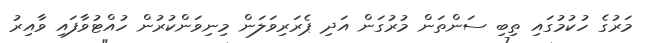
މަރުގެ ހުކުމުގައި ތިބި ސަންތަން މުރުގަން އަދި ޕެރަރިވަލަން މިނިވަންކުރުން ހުއްޓުވާފައި ވާއިރު